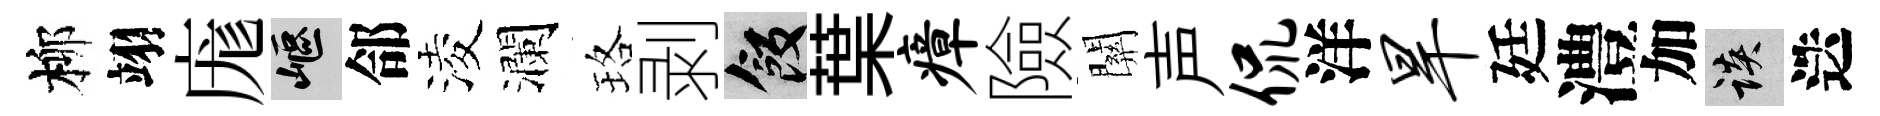
柳翊庬嶇郃淩瀾珞剥飯葉瘴險關声侃洋旱廷澧加談迭